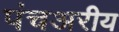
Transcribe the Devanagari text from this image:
पंचअरीय